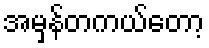
အမှန်တကယ်တော့